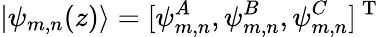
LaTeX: |\psi_{m,n}(z)\rangle=[\psi_{m,n}^{A},\psi_{m,n}^{B},\psi_{m,n}^{C}]^{\mathrm{~T~}}